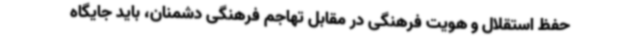
حفظ استقلال و هویت فرهنگی در مقابل تهاجم فرهنگی دشمنان، باید جایگاه